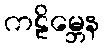
ကဠိမ္ဘေန